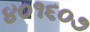
૪૦૧૬૦૭